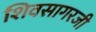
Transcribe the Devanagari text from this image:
शिवसागरजी